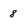
Character: 8